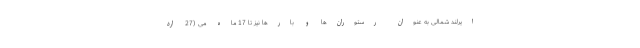
ایرلند شمالی به عنوان رستوران‌ها و بارها نیز تا 17 ماه می (27 ارد